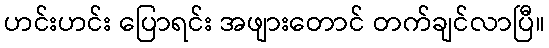
ဟင်းဟင်း ပြောရင်း အဖျားတောင် တက်ချင်လာပြီ။